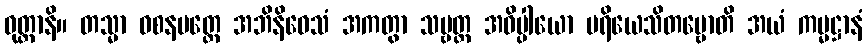
ဝုတ္တာနိ။ တသ္မာ ဝစနမတ္တေ အဘိနိဝေသံ အကတွာ သဗ္ဗတ္ထ အဓိပ္ပါယော ပရိယေသိတဗ္ဗောတိ အယံ ကမ္မဋ္ဌာနံ